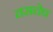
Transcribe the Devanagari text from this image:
तसलेच